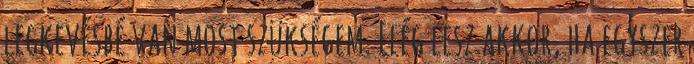
legkevésbé van most szükségem. Elég lesz akkor, ha egyszer